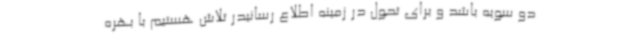
دو سویه باشد و برای تحول در زمینه اطلاع رسانیدر تلاش هستیم با بهره